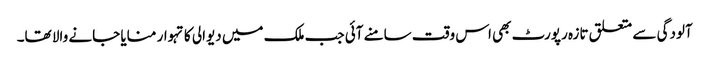
آلودگی سے متعلق تازہ رپورٹ بھی اس وقت سامنے آئی جب ملک میں دیوالی کا تہوار منایا جانے والا تھا۔